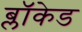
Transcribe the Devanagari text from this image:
ब्लॉकेड